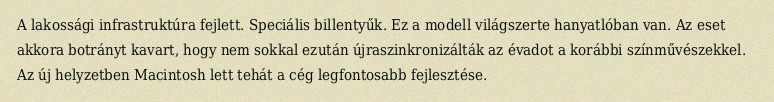
A lakossági infrastruktúra fejlett. Speciális billentyűk. Ez a modell világszerte hanyatlóban van. Az eset akkora botrányt kavart, hogy nem sokkal ezután újraszinkronizálták az évadot a korábbi színművészekkel. Az új helyzetben Macintosh lett tehát a cég legfontosabb fejlesztése.